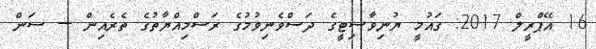
16 އޭޕްރީލް 2017: ގައުމީ ޔުނިވާސިޓީގެ ދަސްވެނިވުމުގެ ރަސްމިއްޔާތުގެ ތެރެއިން --- ސަން